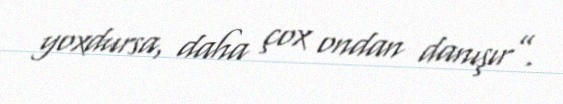
yoxdursa, daha çox ondan danışır”.